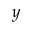
y